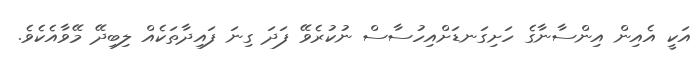
އަކީ އެއިން އިންސާނާގެ ހަށިގަނޑަށްއިހުސާސް ނުކުރެވޭ ފަދަ ގިނަ ފައިދާތަކެއް ލިބިދޭ މޭވާއެކެވެ.